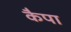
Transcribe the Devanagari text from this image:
कैपा